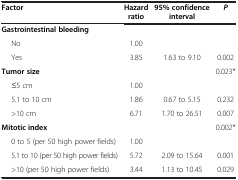
<table><thead><tr><td><b>Factor</b></td><td><b>Hazard ratio</b></td><td><b>95% confidence interval</b></td><td><b><i>P</i></b></td></tr></thead><tbody><tr><td><b>Gastrointestinal bleeding</b></td><td> </td><td> </td><td> </td></tr><tr><td>No</td><td>1.00</td><td> </td><td> </td></tr><tr><td>Yes</td><td>3.85</td><td>1.63 to 9.10</td><td>0.002</td></tr><tr><td><b>Tumor size</b></td><td> </td><td> </td><td>0.023*</td></tr><tr><td>≤5 cm</td><td>1.00</td><td> </td><td> </td></tr><tr><td>5.1 to 10 cm</td><td>1.86</td><td>0.67 to 5.15</td><td>0.232</td></tr><tr><td>&gt;10 cm</td><td>6.71</td><td>1.70 to 26.51</td><td>0.007</td></tr><tr><td><b>Mitotic index</b></td><td> </td><td> </td><td>0.002*</td></tr><tr><td>0 to 5 (per 50 high power fields)</td><td>1.00</td><td> </td><td> </td></tr><tr><td>5.1 to 10 (per 50 high power fields)</td><td>5.72</td><td>2.09 to 15.64</td><td>0.001</td></tr><tr><td>&gt;10 (per 50 high power fields)</td><td>3.44</td><td>1.13 to 10.45</td><td>0.029</td></tr></tbody></table>